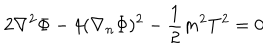
2 \nabla ^ { 2 } \Phi - 4 ( \nabla _ { n } \Phi ) ^ { 2 } - \frac { 1 } { 2 } m ^ { 2 } T ^ { 2 } = 0